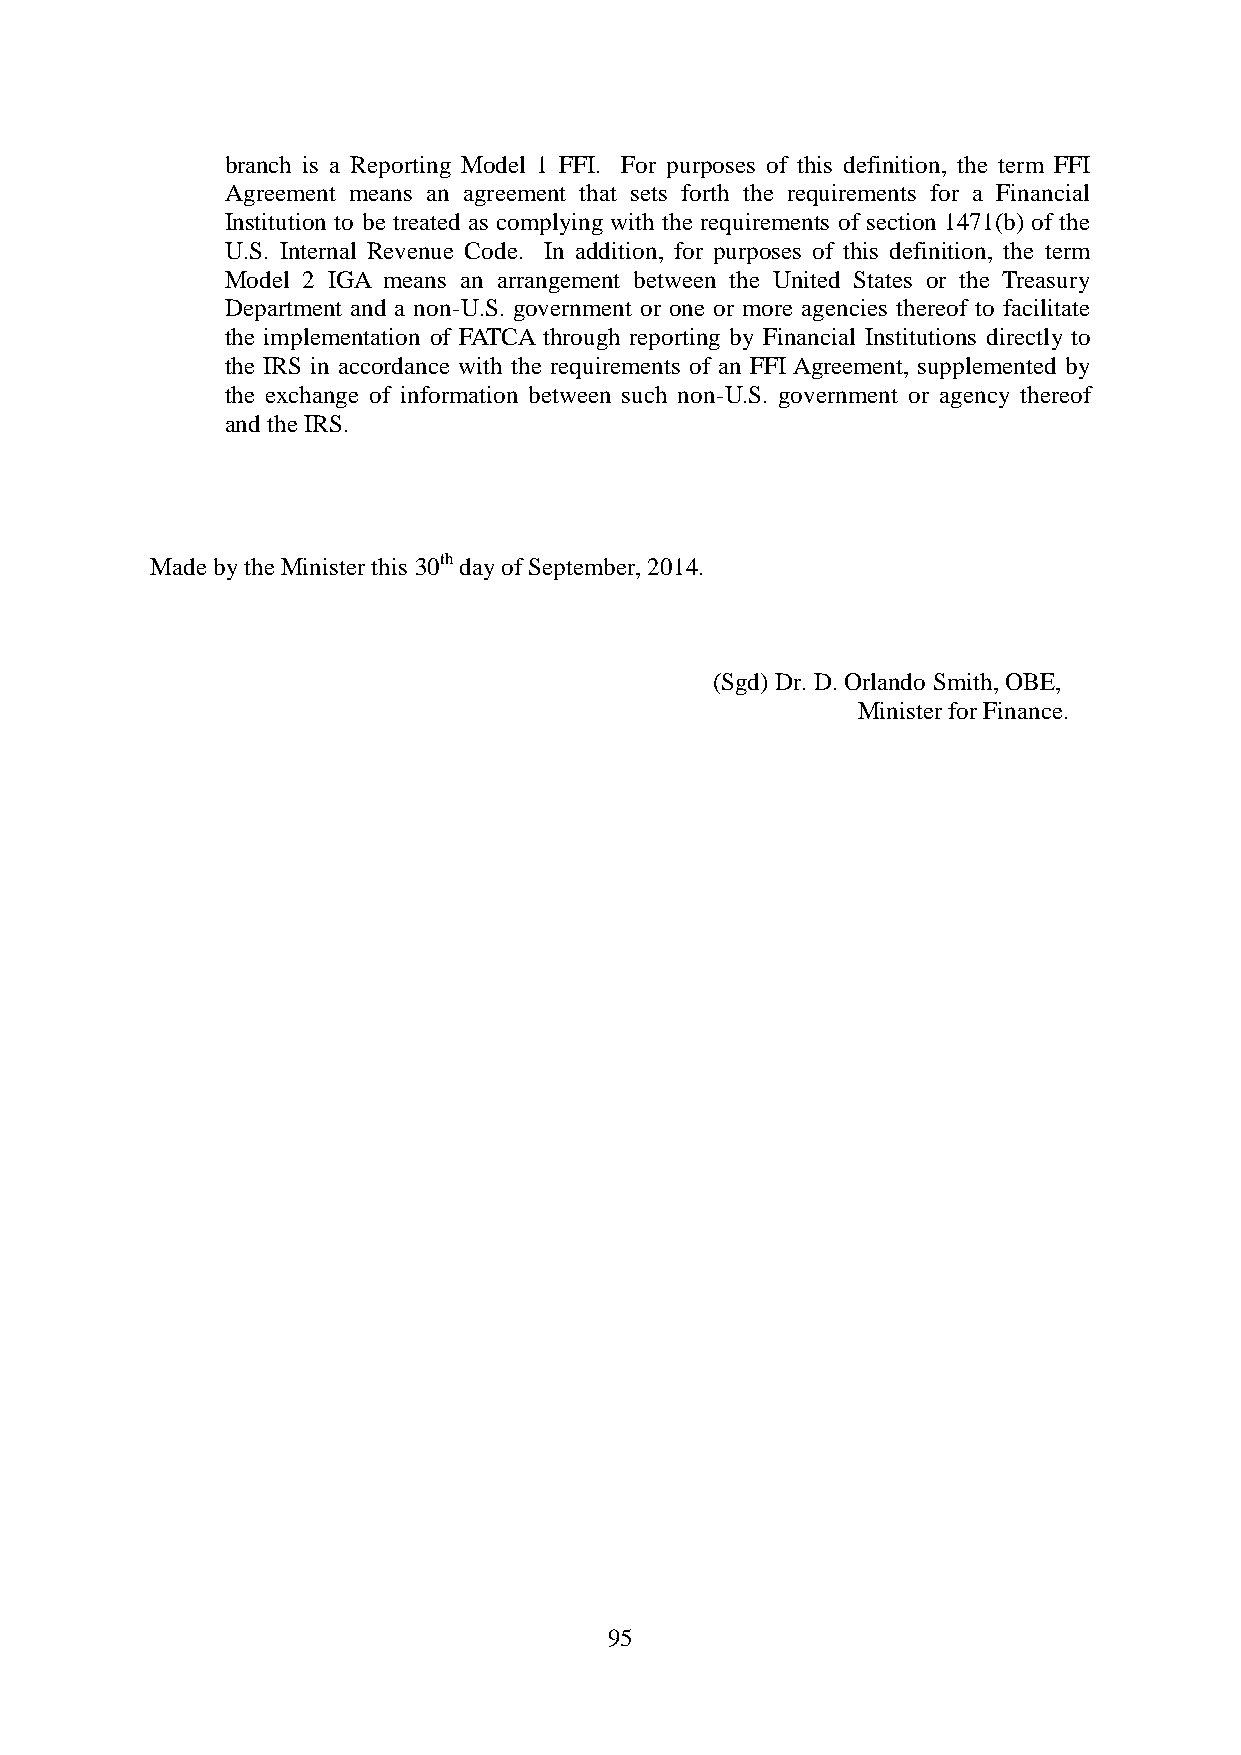
branch is a Reporting Model 1 FFI. For purposes of this definition, the term FFI
 Agreement means an agreement that sets forth the requirements for a Financial
 Institution to be treated as complying with the requirements of section 1471(b) of the
 U.S. Internal Revenue Code. In addition, for purposes of this definition, the term
 Model 2 IGA means an arrangement between the United States or the Treasury
 Department and a non-U.S. government or one or more agencies thereof to facilitate
 the implementation of FATCA through reporting by Financial Institutions directly to
 the IRS in accordance with the requirements of an FFI Agreement, supplemented by
 the exchange of information between such non-U.S. government or agency thereof
 and the IRS.
 Made by the Minister this 30th day of September, 2014.
 (Sgd) Dr. D. Orlando Smith, OBE,
 Minister for Finance.
 95